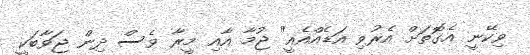
ވިކޭނީ އެގޮތަށް އެރުވި އަޑެއްއެއީ" ޖުމާ އާއި މީރާ ވެސް ދިން ޖަވާބަކީ